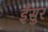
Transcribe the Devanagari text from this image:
ईसुर